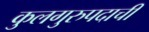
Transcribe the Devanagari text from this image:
कुलगुरुपदाची